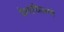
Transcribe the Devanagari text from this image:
येनाघिलग्मे